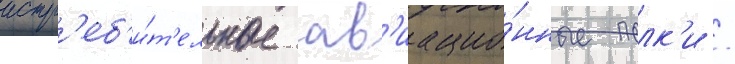
истр'еб'и́т'ельные ав'иацио́нные полк'и /